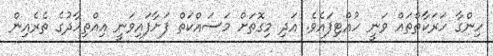
ހިންގާ ހަރަކާތްތައް ވަނީ ހުއްޓިފައެވެ. އަދި މިގޮތަށް މަަސައްކަތް ފަށާފައިވަނީ އިއްތިހާދުގެ ތެރެއިން